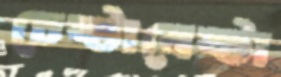
চেষ্টাবেষ্টা